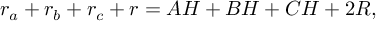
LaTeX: r _ { a } + r _ { b } + r _ { c } + r = A H + B H + C H + 2 R ,